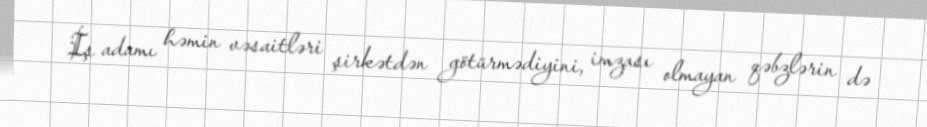
İş adamı həmin vəsaitləri şirkətdən götürmədiyini, imzası olmayan qəbzlərin də